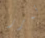
تمرر